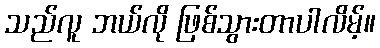
သည်လူ ဘယ်လို ဖြစ်သွားတာပါလိမ့်။